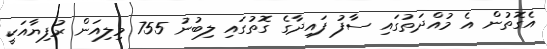
އެގޮތުން އެ މުއްދަތުގައި ސާފު ފައިދާގެ ގޮތުގައި ލިބުނު 755 މިލިއަން ރުފިޔާއަކީ